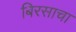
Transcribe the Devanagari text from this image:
बिरसाचा